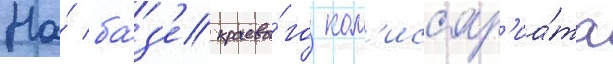
На́ ба́з'е краево́го ком'иссар'иа́та